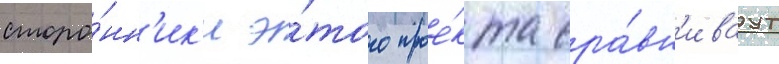
сторо́нн'ик'и э́того прое́кта сра́вн'иваут